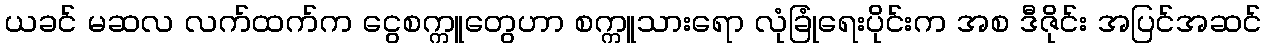
ယခင် မဆလ လက်ထက်က ငွေစက္ကူတွေဟာ စက္ကူသားရော လုံခြုံရေးပိုင်းက အစ ဒီဇိုင်း အပြင်အဆင်